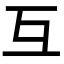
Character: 互